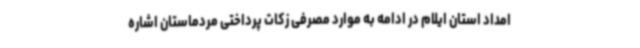
امداد استان ایلام در ادامه به موارد مصرفی زکات پرداختی مردماستان اشاره